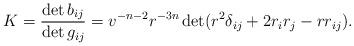
LaTeX: \begin{align*}K=\frac{\det b_{ij}}{\det g_{ij}}=v^{-n-2}r^{-3n}\det(r^2\delta_{ij}+2r_ir_j-rr_{ij}).\end{align*}